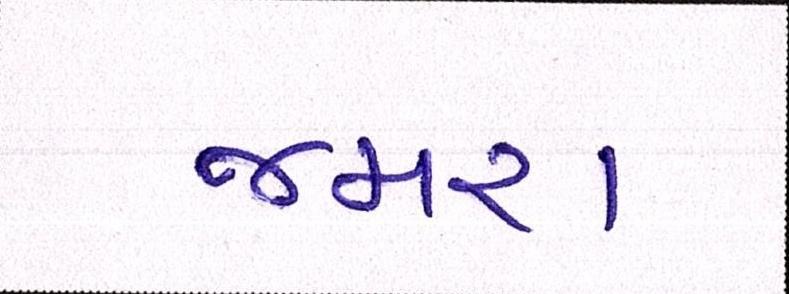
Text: જમરા